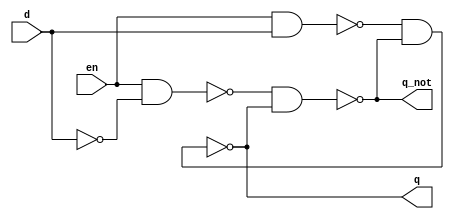
module dlatch(q, q_not, en, d);
    output q, q_not;
    input en, d;

    wire w1, w2, w3;

    not (w1, d);
    nand(w2, en, d);
    nand(w3, en, w1);
    nand(q, w2, q_not);
    nand(q_not, w3, q);
endmodule

module dlatch_tb;
    reg en, d;
    wire q, q_not;
    
    //Instantiate UUT
    dlatch UUT(q, q_not, en, d);

    //stimulus block
    initial
        begin
            //set initial state of d latch
            en = 1'b1;
            d = 1'b1;
            #10 en = 1'b0;
            d = 1'b0;
            #10 d = d + 1'b1;
            #10 en = 1'b1;
            d = 1'b0;
            #10 d = d + 1'b1;          
        end
    initial $monitor("en = %b, d = %b, q = %b, q_not = %b", en, d, q, q_not);
endmodule